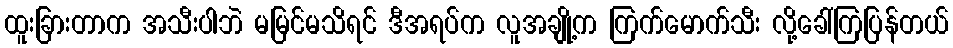
ထူးခြားတာက အသီးပါဘဲ မမြင်မသိရင် ဒီအရပ်က လူအချို့က ကြက်မောက်သီး လို့ခေါ်ကြပြန်တယ်